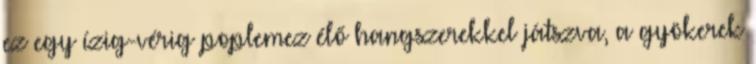
ez egy ízig-vérig poplemez élő hangszerekkel játszva, a gyökerek